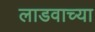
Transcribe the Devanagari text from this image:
लाडवाच्या